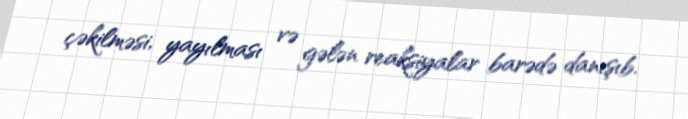
çəkilməsi, yayılması və gələn reaksiyalar barədə danışıb.